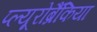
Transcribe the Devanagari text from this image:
प्ल्यूरोब्रैंकिया